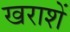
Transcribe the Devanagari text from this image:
खराशें